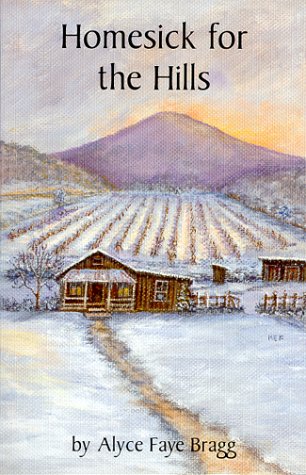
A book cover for Homesick for the Hills; Alyce Faye Bragg; Humor & Entertainment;